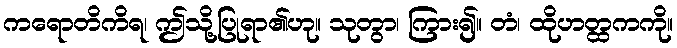
ကရောတိကိရ၊ ဤသို့ပြုရာ၏ဟု။ သုတွာ၊ ကြား၍။ တံ၊ ထိုဟတ္ထကကို။